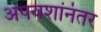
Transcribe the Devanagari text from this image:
अपयशांनंतर